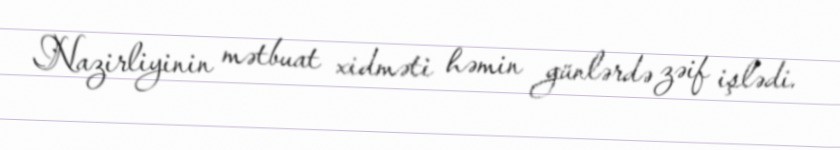
Nazirliyinin mətbuat xidməti həmin günlərdə zəif işlədi.